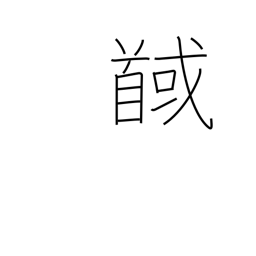
Meaning: behead